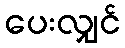
ပေးလျှင်